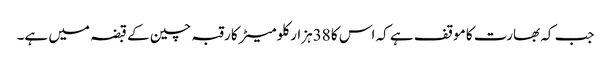
جب کہ بھارت کا موقف ہے کہ اس کا 38ہزار کلومیٹر کا رقبہ چین کے قبضہ میں ہے۔